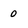
Character: 0